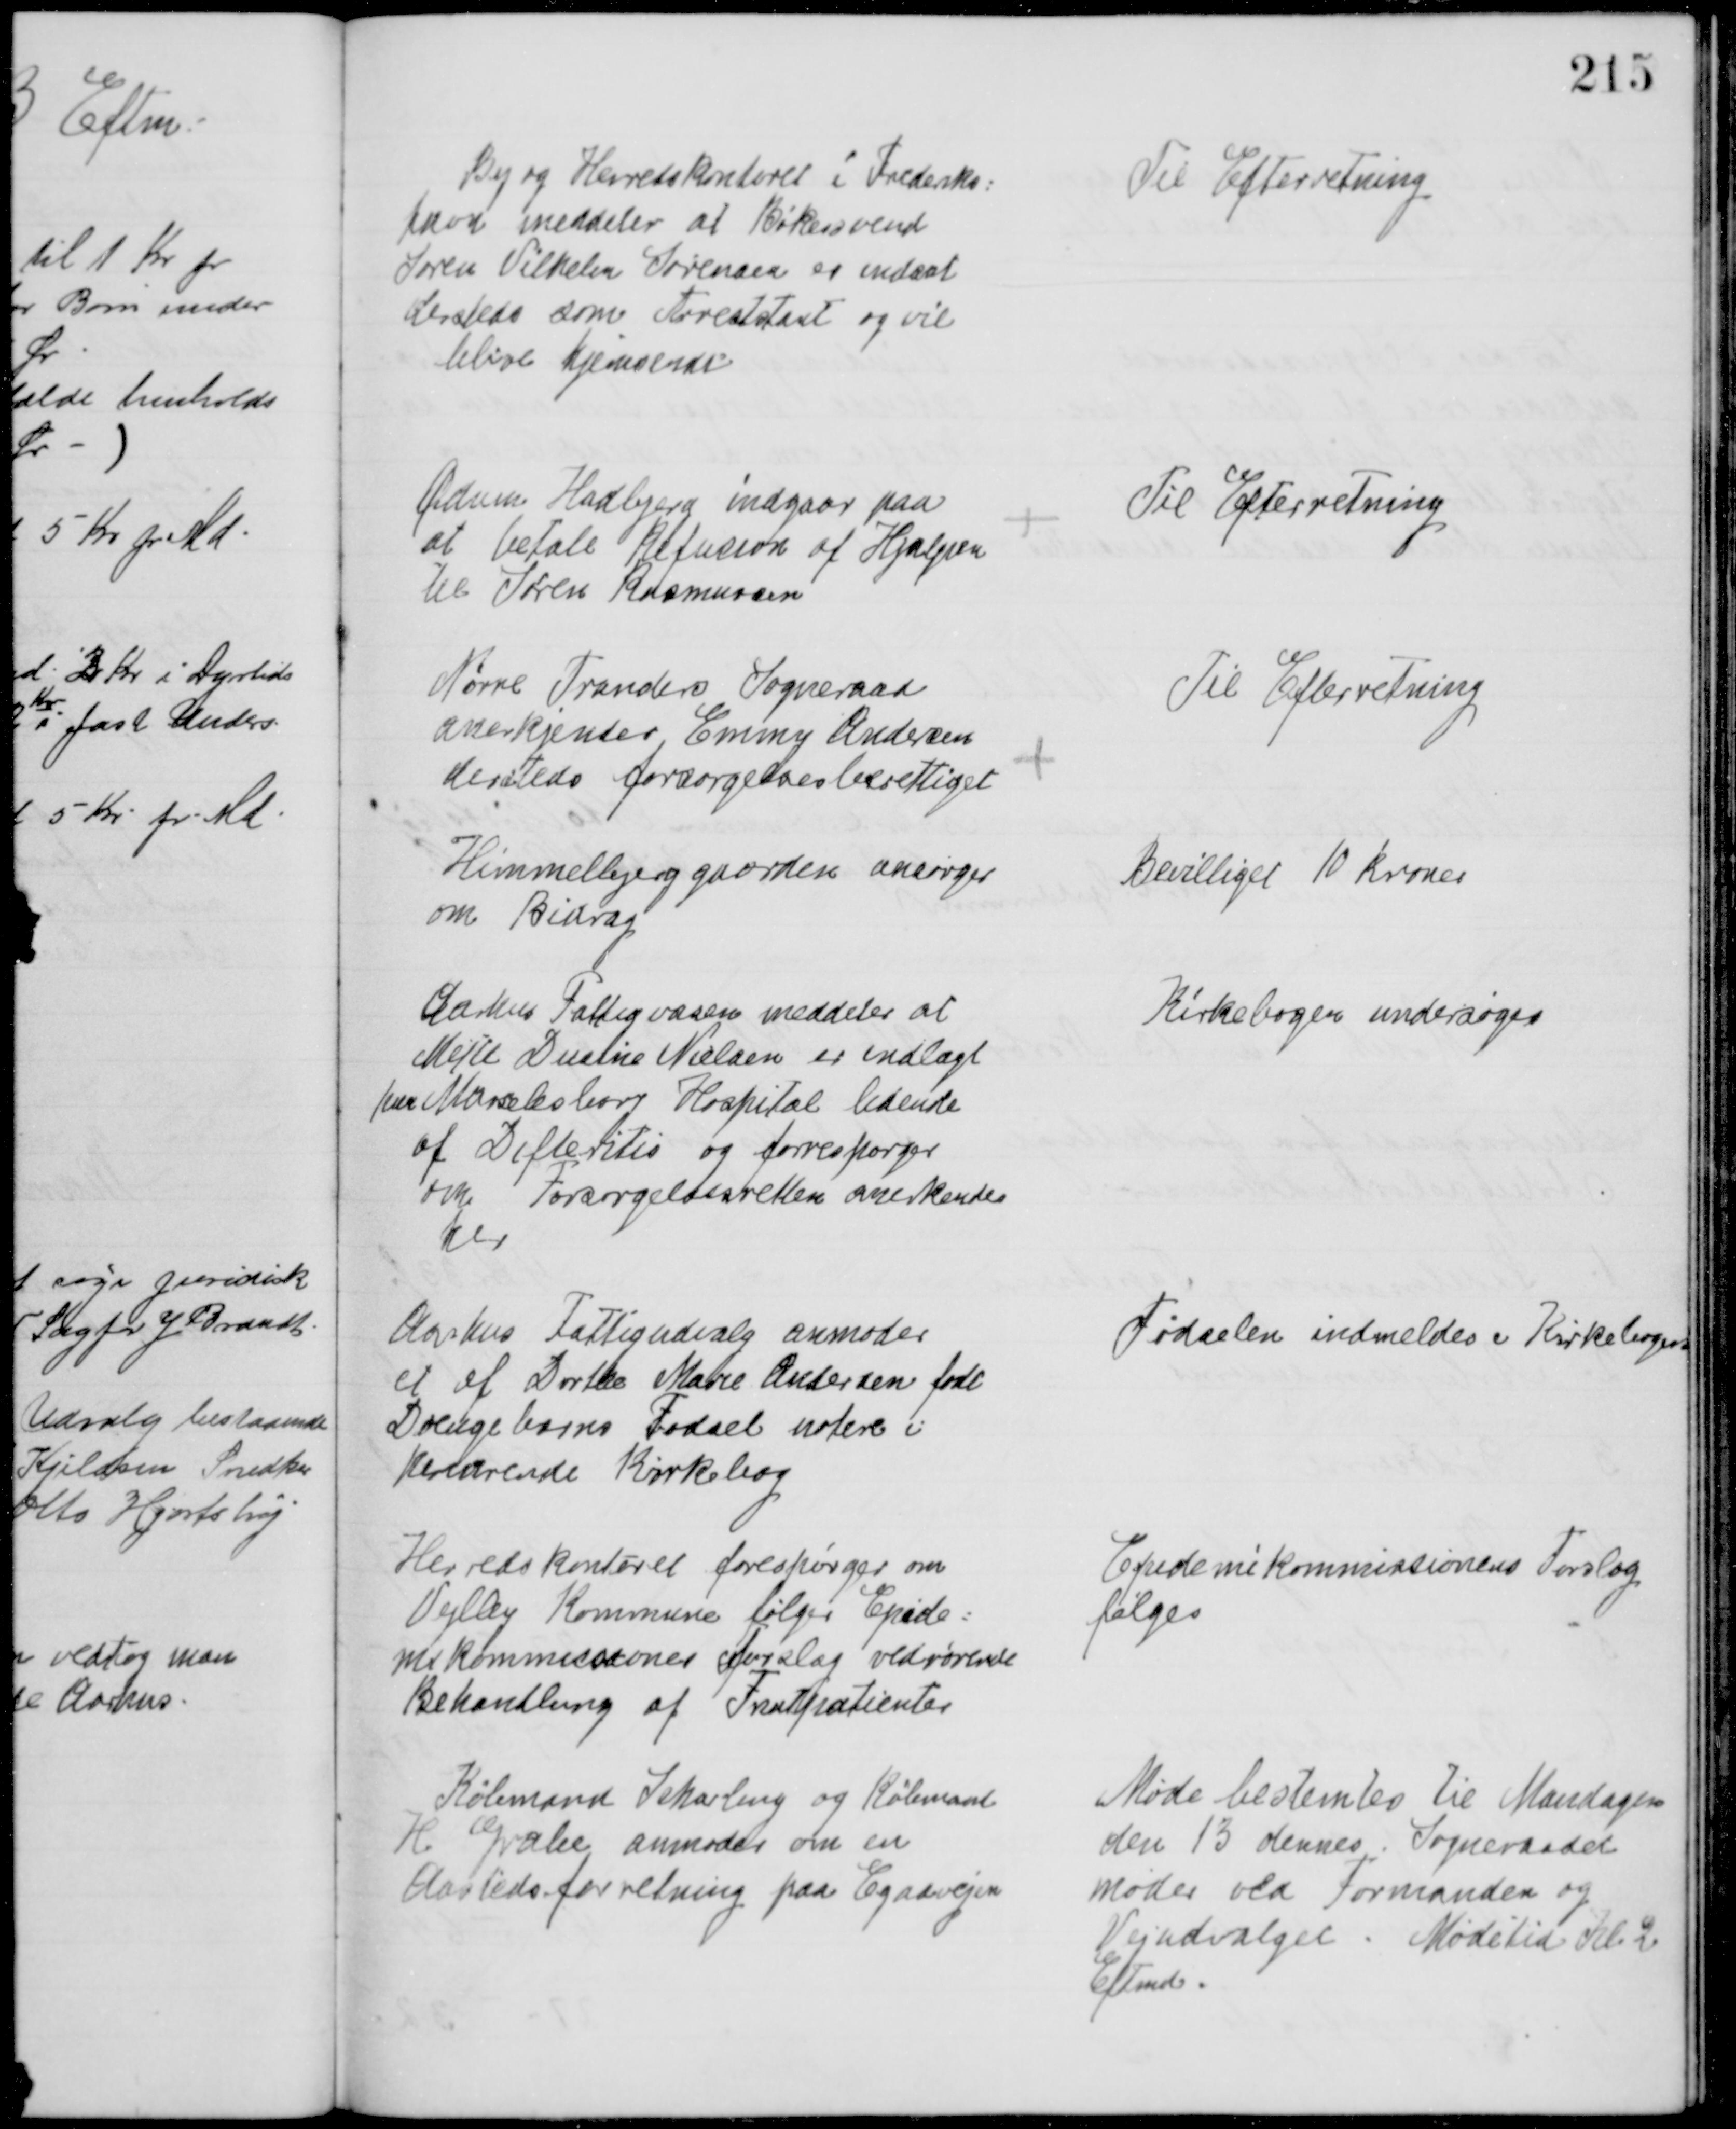
Transskription:
By og Herredskontoret i Frederiks=
havn meddeler at Bøkersvend
Søren Vilhelm Sørensen er indsat
dersteds som Arrestant og vil
blive hjemsendt
Til Efterretning
Ødum Hadbjerg indgaar paa
at betale Refusion af Hjælpen
til Søren Rasmussen
Til Efterretning
Nørre Tranders Sogneraad
anerkjender Emmy Andersen
dersteds forsørgelsesberettiget
Til Efterretning
Himmelbjerggaarden ansørger
om Bidrag
Bevilliget 10 Kroner
Aarhus Fattigvæsen meddeler at
Mette Dusine Nielsen er indlagt
paa Marselisborg Hospital lidende
af Difteritis og forrespørger
om Forsørgelsesretten anerkendes
her
Kirkebogen undersøges
Aarhus Fattigudvalg anmoder
et af Dorthe Marie Andersen født
Drengebarns Fødsel notere i
herværende Kirkebog
Fødselen indmeldes i Kirkebogen
Herredskontoret forespørger om
Vejlby Kommune følger Epide=
mikommissiones Forslag vedrørende
Behandling af Fnatpatienter
Epidemikommissionens Forslag
følges
Købmand Scharling og Købmand
H. Grahe anmoder om en
Aastedsforretning paa Egaavejen
Møde bestemtes til Mandagen
den 13 dennes. Sogneraadet
møder ved Formanden og 
Vejudvalget. Mødetid Kl 2
Eftmd.